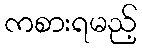
ကစားရမည့်